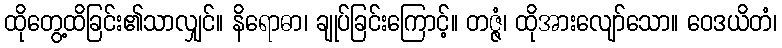
ထိုတွေ့ထိခြင်း၏သာလျှင်။ နိရောဓာ၊ ချုပ်ခြင်းကြောင့်။ တဇ္ဇံ၊ ထိုအားလျော်သော။ ဝေဒယိတံ၊